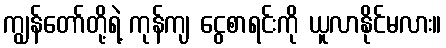
ကျွန်တော်တို့ရဲ့ ကုန်ကျ ငွေစာရင်းကို ယူလာနိုင်မလား။